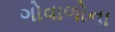
ગોવાળોના